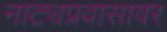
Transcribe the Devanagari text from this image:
नाट्यप्रवासावर